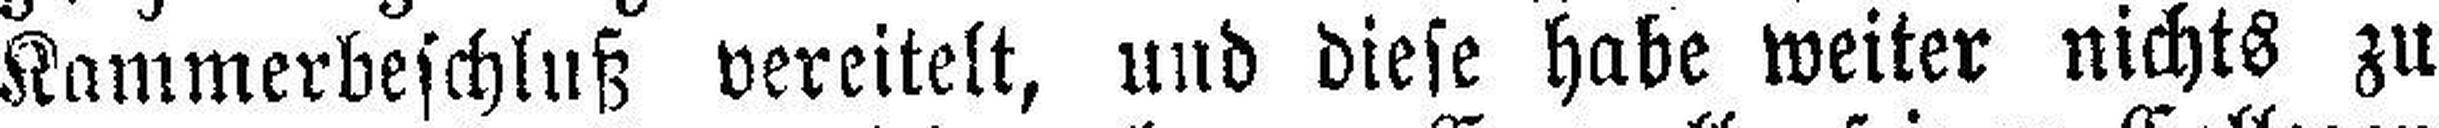
Kammerbeschluß vereitelt, und diese habe weiter nichts zu